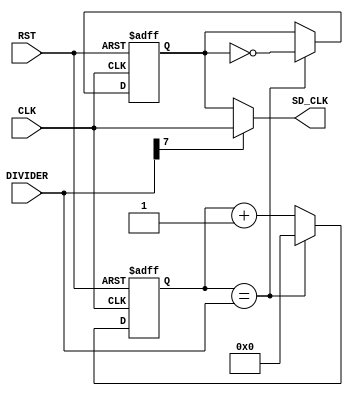
module sd_clock_divider (
           input CLK,
           input [7:0] DIVIDER,
           input RST,
           output SD_CLK
       );

reg [7:0] ClockDiv;
reg SD_CLK_O;

assign SD_CLK = DIVIDER[7] ? CLK : SD_CLK_O;
//assign SD_CLK = SD_CLK_O;

always @(posedge CLK or posedge RST)
begin
    if (RST) begin
        ClockDiv <= 8'b0000_0000;
        SD_CLK_O <= 0;
    end
    else if (ClockDiv == DIVIDER) begin
        ClockDiv <= 0;
        SD_CLK_O <= ~SD_CLK_O;
    end else begin
        ClockDiv <= ClockDiv + 8'h1;
        SD_CLK_O <= SD_CLK_O;
    end
end

endmodule